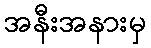
အနီးအနားမှ